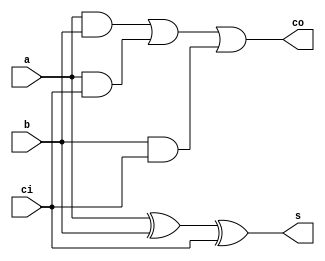
`timescale 1ns / 1ps
//////////////////////////////////////////////////////////////////////////////////
// Company: 
// Engineer: 
// 
// Design Name: 
// Module Name: full_adder
// Project Name: 
// Target Devices: 
// Tool Versions: 
// Description: 
// 
// Dependencies: 
// 
// Revision:
// Revision 0.01 - File Created
// Additional Comments:
// 
//////////////////////////////////////////////////////////////////////////////////


module full_adder(
    input a, b, ci,
    output s, co
    );
    assign s = a^b^ci;
    assign co = (a & b)|(a&ci)|(b&ci);
endmodule